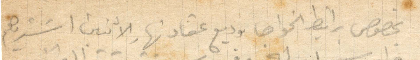
بخصوص برانيط الخواجه وديع عقاد نهار الاثنين اشتريهم